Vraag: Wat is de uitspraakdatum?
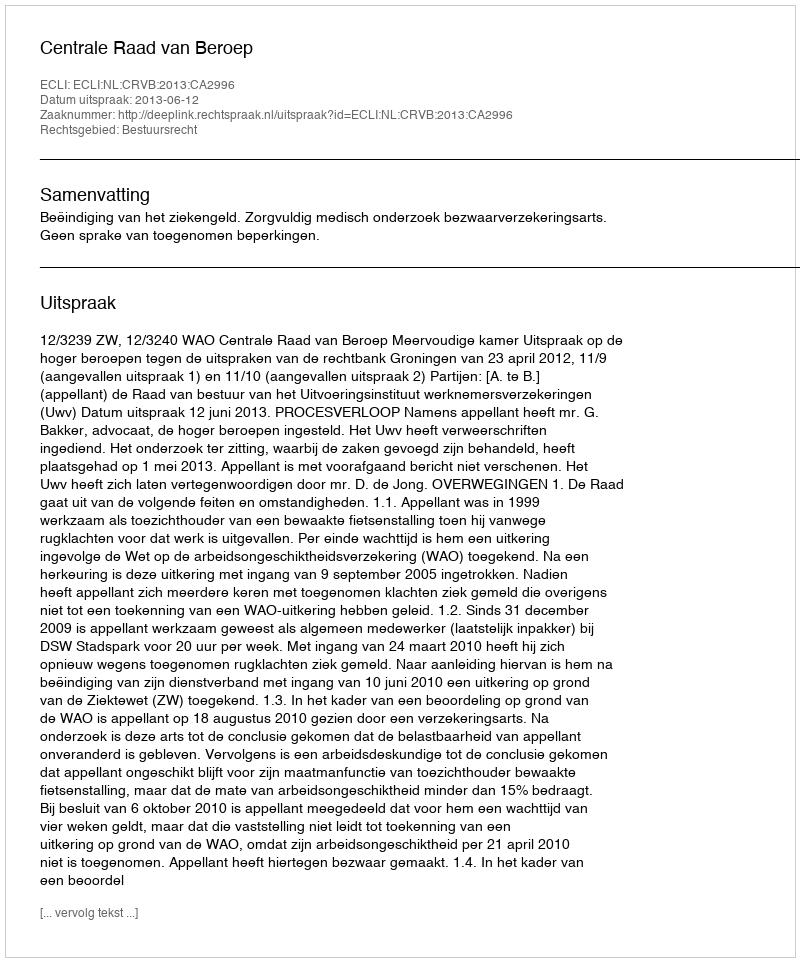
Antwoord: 2013-06-12